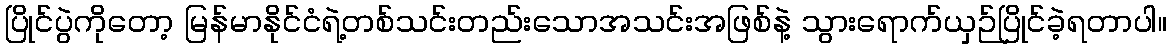
ပြိုင်ပွဲကိုတော့ မြန်မာနိုင်ငံရဲ့တစ်သင်းတည်းသောအသင်းအဖြစ်နဲ့ သွားရောက်ယှဉ်ပြိုင်ခဲ့ရတာပါ။